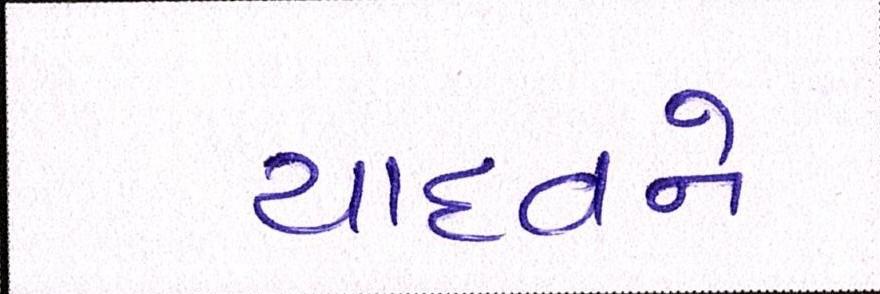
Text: યાદવને